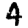
Digit: 4